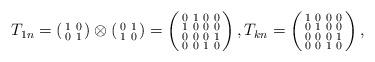
LaTeX: \begin{align*} T_{1n}= \left(\begin{smallmatrix} 1&0\\ 0&1\end{smallmatrix}\right)\otimes\left(\begin{smallmatrix} 0&1\\1&0\end{smallmatrix}\right)= \left(\begin{smallmatrix} 0&1&0&0\\ 1&0&0&0\\ 0&0&0&1\\ 0&0&1&0\end{smallmatrix}\right),T_{kn}= \left(\begin{smallmatrix}1&0&0&0\\0&1&0&0\\0&0&0&1\\0&0&1&0\end{smallmatrix}\right),\end{align*}